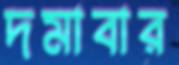
দমাবার